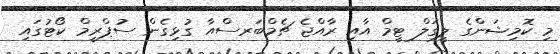
މި ކޮމިޝަންގެ ލީގަލް ޓީމް އާއި ރާއްޖެ ޗެމްބަރސްއާ ގުޅިގެން ސުޕްރީމް ކޯޓުގައި